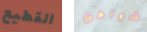
القطيع شواطئ